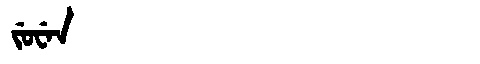
Manchu: ᠵᡠᠸᡝᠨ
Romanization: JUWEN